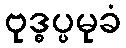
ဗုဒ္ဓပ္ပမုခံ